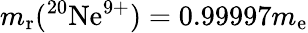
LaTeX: m_{\mathrm{r}}({}^{20}\mathrm{Ne}^{9+})=0.99997m_{\mathrm{e}}